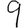
Digit: 9